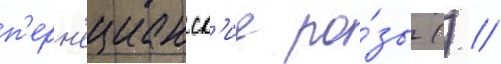
п'ерн'ецианск'ие ро́зы () //